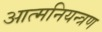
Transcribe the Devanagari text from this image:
आत्मनियन्त्रण